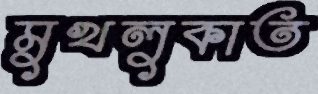
মুখলুকাত